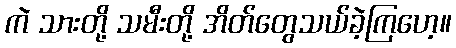
ကဲ သားတို့ သမီးတို့ အိတ်တွေသယ်ခဲ့ကြဟေ့။